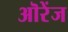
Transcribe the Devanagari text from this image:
ऒरेंज